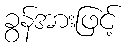
ခွန်အားဖြင့်